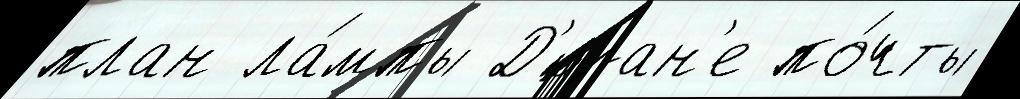
план ла́мпы Д'юран'е по́чты